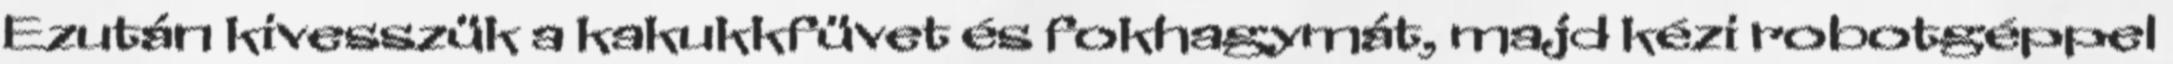
Ezután kivesszük a kakukkfüvet és fokhagymát, majd kézi robotgéppel